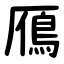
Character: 鴈